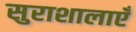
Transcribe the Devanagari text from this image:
सुराशालाएँ